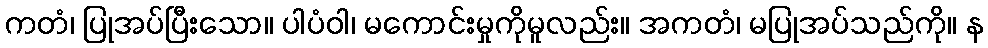
ကတံ၊ ပြုအပ်ပြီးသော။ ပါပံဝါ၊ မကောင်းမှုကိုမူလည်း။ အကတံ၊ မပြုအပ်သည်ကို။ န